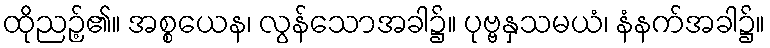
ထိုညဉ့်၏။ အစ္စယေန၊ လွန်သောအခါ၌။ ပုဗ္ဗနှသမယံ၊ နံနက်အခါ၌။